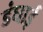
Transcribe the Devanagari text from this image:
डंघाई